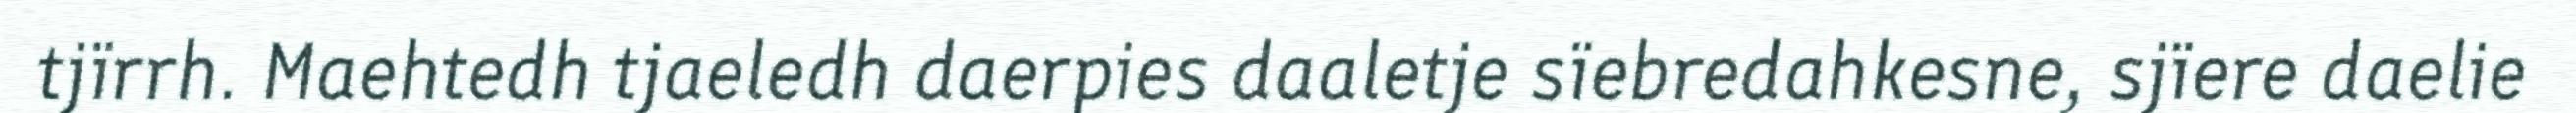
tjïrrh. Maehtedh tjaeledh daerpies daaletje sïebredahkesne, sjïere daelie